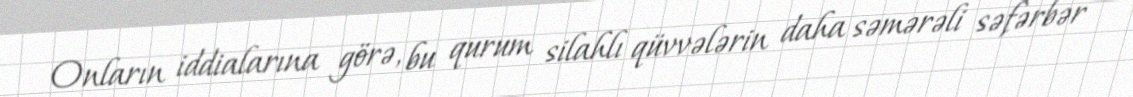
Onların iddialarına görə, bu qurum silahlı qüvvələrin daha səmərəli səfərbər